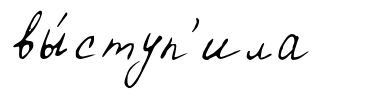
вы́ступ'ила